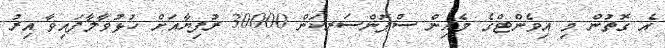
އެ ގޮތުން މި އިވެންޓްގެ މެއިން ސްޕޮންސަރކަން 30000 ރުފިޔާއަށް ހުޅުވާލާފައިވާ އިރު